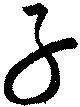
子